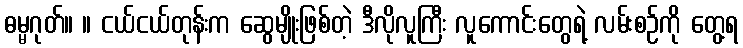
ဓမ္မဂုတ်။ ။ ငယ်ငယ်တုန်းက ဆွေမျိုးဖြစ်တဲ့ ဒီလိုလူကြီး လူကောင်းတွေရဲ့ လမ်းစဉ်ကို တွေ့ရ